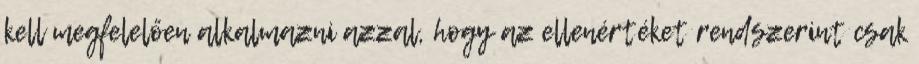
kell megfelelően alkalmazni azzal, hogy az ellenértéket rendszerint csak